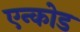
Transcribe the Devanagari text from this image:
एन्कोड